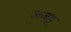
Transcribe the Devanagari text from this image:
अजहु